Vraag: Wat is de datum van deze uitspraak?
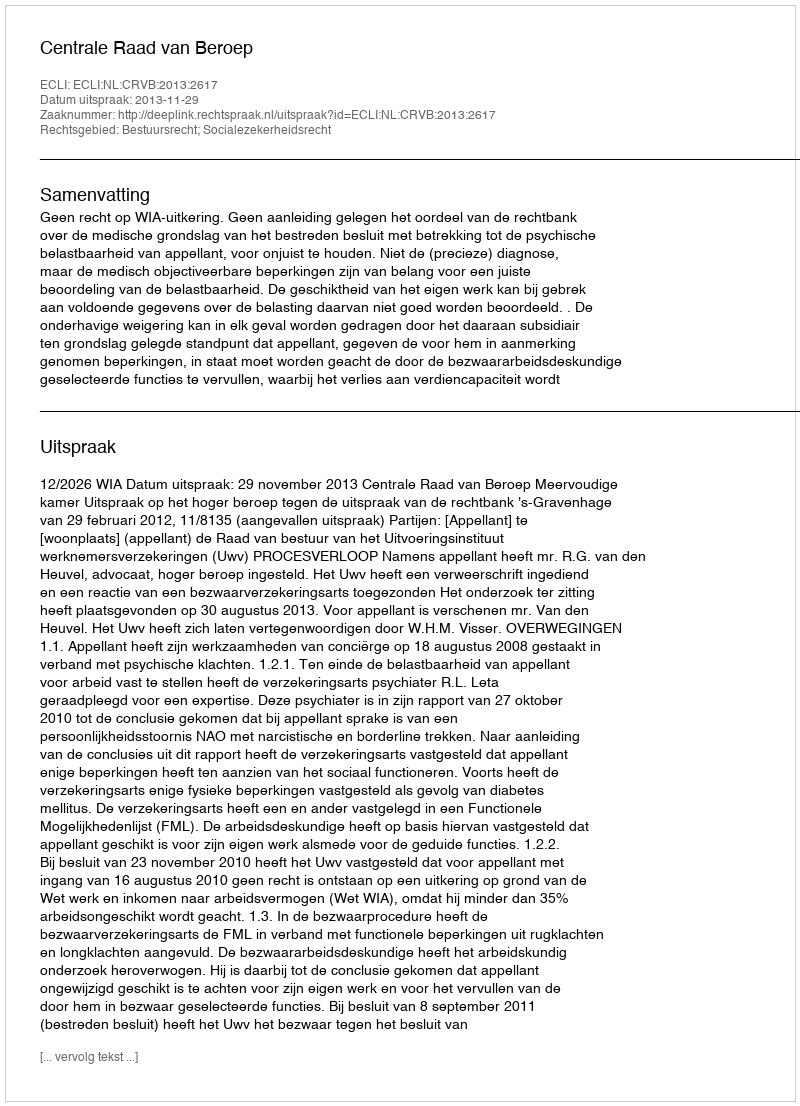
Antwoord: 2013-11-29